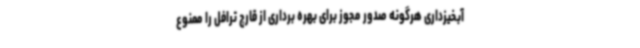
آبخیزداری هرگونه صدور مجوز برای بهره برداری از قارچ ترافل را ممنوع